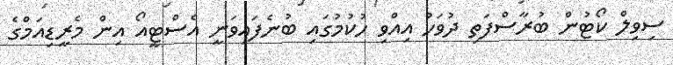
ސިވިލް ކޯޓުން ބުރާސްފަތި ދުވަހު އިއްވި ހުކުމުގައި ބުނެފައިވަނީ އެސްޓީއޯ އިން މެރީޑިއަމްގެ